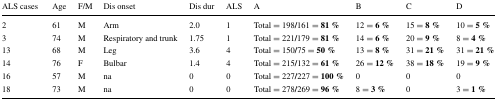
<table><thead><tr><td><b>ALS cases</b></td><td><b>Age</b></td><td><b>F/M</b></td><td><b>Dis onset</b></td><td><b>Dis dur</b></td><td><b>ALS</b></td><td><b>A</b></td><td><b>B</b></td><td><b>C</b></td><td><b>D</b></td></tr></thead><tbody><tr><td>2</td><td>61</td><td>M</td><td>Arm</td><td>2.0</td><td>1</td><td>Total = 198<b>/</b>161 = <b>81</b> <b>%</b></td><td>12 = <b>6</b> <b>%</b></td><td>15 = <b>8</b> <b>%</b></td><td>10 = <b>5</b> <b>%</b></td></tr><tr><td>3</td><td>74</td><td>M</td><td>Respiratory and trunk</td><td>1.75</td><td>1</td><td>Total = 221<b>/</b>179 = <b>81</b> <b>%</b></td><td>14 = <b>6</b> <b>%</b></td><td>20 = <b>9</b> <b>%</b></td><td>8 = <b>4</b> <b>%</b></td></tr><tr><td>13</td><td>68</td><td>M</td><td>Leg</td><td>3.6</td><td>4</td><td>Total = 150<b>/</b>75 = <b>50</b> <b>%</b></td><td>13 = <b>8</b> <b>%</b></td><td>31 = <b>21</b> <b>%</b></td><td>31 = <b>21</b> <b>%</b></td></tr><tr><td>14</td><td>76</td><td>F</td><td>Bulbar</td><td>1.4</td><td>4</td><td>Total = 215<b>/</b>132 = <b>61</b> <b>%</b></td><td>26 = <b>12</b> <b>%</b></td><td>38 = <b>18</b> <b>%</b></td><td>19 = <b>9</b> <b>%</b></td></tr><tr><td>16</td><td>57</td><td>M</td><td>na</td><td>0</td><td>0</td><td>Total = 227<b>/</b>227 = <b>100</b> <b>%</b></td><td>0</td><td>0</td><td>0</td></tr><tr><td>18</td><td>73</td><td>M</td><td>na</td><td>0</td><td>0</td><td>Total = 278<b>/</b>269 = <b>96</b> <b>%</b></td><td>8 = <b>3</b> <b>%</b></td><td>0</td><td>3 = <b>1</b> <b>%</b></td></tr></tbody></table>